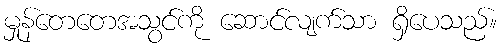
မှုန်တေတေအသွင်ကို ဆောင်လျက်သာ ရှိပေသည်။